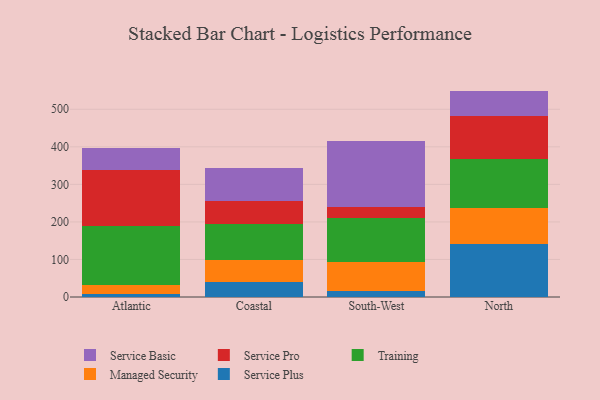
{"axis": {"x": "Region", "y": "Tickets Resolved"}, "legend": ["Managed Security", "Service Basic", "Service Plus", "Service Pro", "Training"], "data": [{"x": "Atlantic", "y": 7.0, "type": "Service Plus"}, {"x": "Atlantic", "y": 24.8, "type": "Managed Security"}, {"x": "Atlantic", "y": 156.9, "type": "Training"}, {"x": "Atlantic", "y": 148.4, "type": "Service Pro"}, {"x": "Atlantic", "y": 60.1, "type": "Service Basic"}, {"x": "Coastal", "y": 40.2, "type": "Service Plus"}, {"x": "Coastal", "y": 59.1, "type": "Managed Security"}, {"x": "Coastal", "y": 95.7, "type": "Training"}, {"x": "Coastal", "y": 62.0, "type": "Service Pro"}, {"x": "Coastal", "y": 87.2, "type": "Service Basic"}, {"x": "South-West", "y": 16.4, "type": "Service Plus"}, {"x": "South-West", "y": 77.8, "type": "Managed Security"}, {"x": "South-West", "y": 116.7, "type": "Training"}, {"x": "South-West", "y": 28.7, "type": "Service Pro"}, {"x": "South-West", "y": 175.2, "type": "Service Basic"}, {"x": "North", "y": 140.0, "type": "Service Plus"}, {"x": "North", "y": 96.4, "type": "Managed Security"}, {"x": "North", "y": 131.3, "type": "Training"}, {"x": "North", "y": 114.4, "type": "Service Pro"}, {"x": "North", "y": 67.0, "type": "Service Basic"}]}